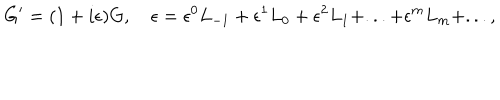
LaTeX: G ^ { \prime } = ( 1 + i \epsilon ) G , \quad \epsilon = \epsilon ^ { 0 } L _ { - 1 } + { \epsilon ^ { 1 } } L _ { 0 } + { \epsilon ^ { 2 } } L _ { 1 } + . . . + { \epsilon ^ { m } } L _ { m } + . . . ,